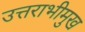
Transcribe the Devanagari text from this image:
उत्तराभीमुख